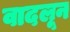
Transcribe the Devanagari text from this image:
वादलून